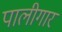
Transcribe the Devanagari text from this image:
पालीगार